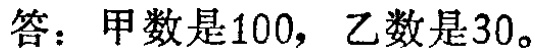
答：甲数是100，乙数是30。